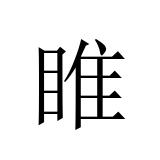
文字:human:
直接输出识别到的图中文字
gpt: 睢